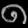
Digit: ၈